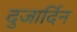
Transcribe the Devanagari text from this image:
दुजार्दिन